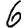
Digit: 6